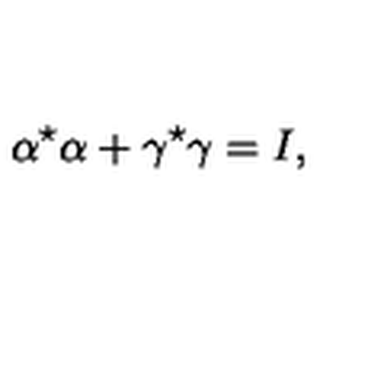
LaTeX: \alpha ^ { \star } \alpha + \gamma ^ { \star } \gamma = I ,